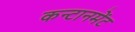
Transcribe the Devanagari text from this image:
कन्टानमेंट